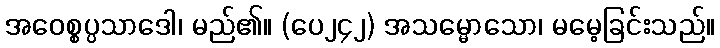
အဝေစ္စပ္ပသာဒေါ၊ မည်၏။ (ပေ၂၄၂) အသမ္မောသော၊ မမေ့ခြင်းသည်။